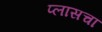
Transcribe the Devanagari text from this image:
प्लासचा